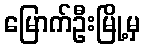
မြောက်ဦးမြို့မှ